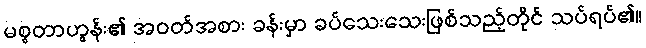
မစ္စတာဟွန်း၏ အဝတ်အစား ခန်းမှာ ခပ်သေးသေးဖြစ်သည့်တိုင် သပ်ရပ်၏။